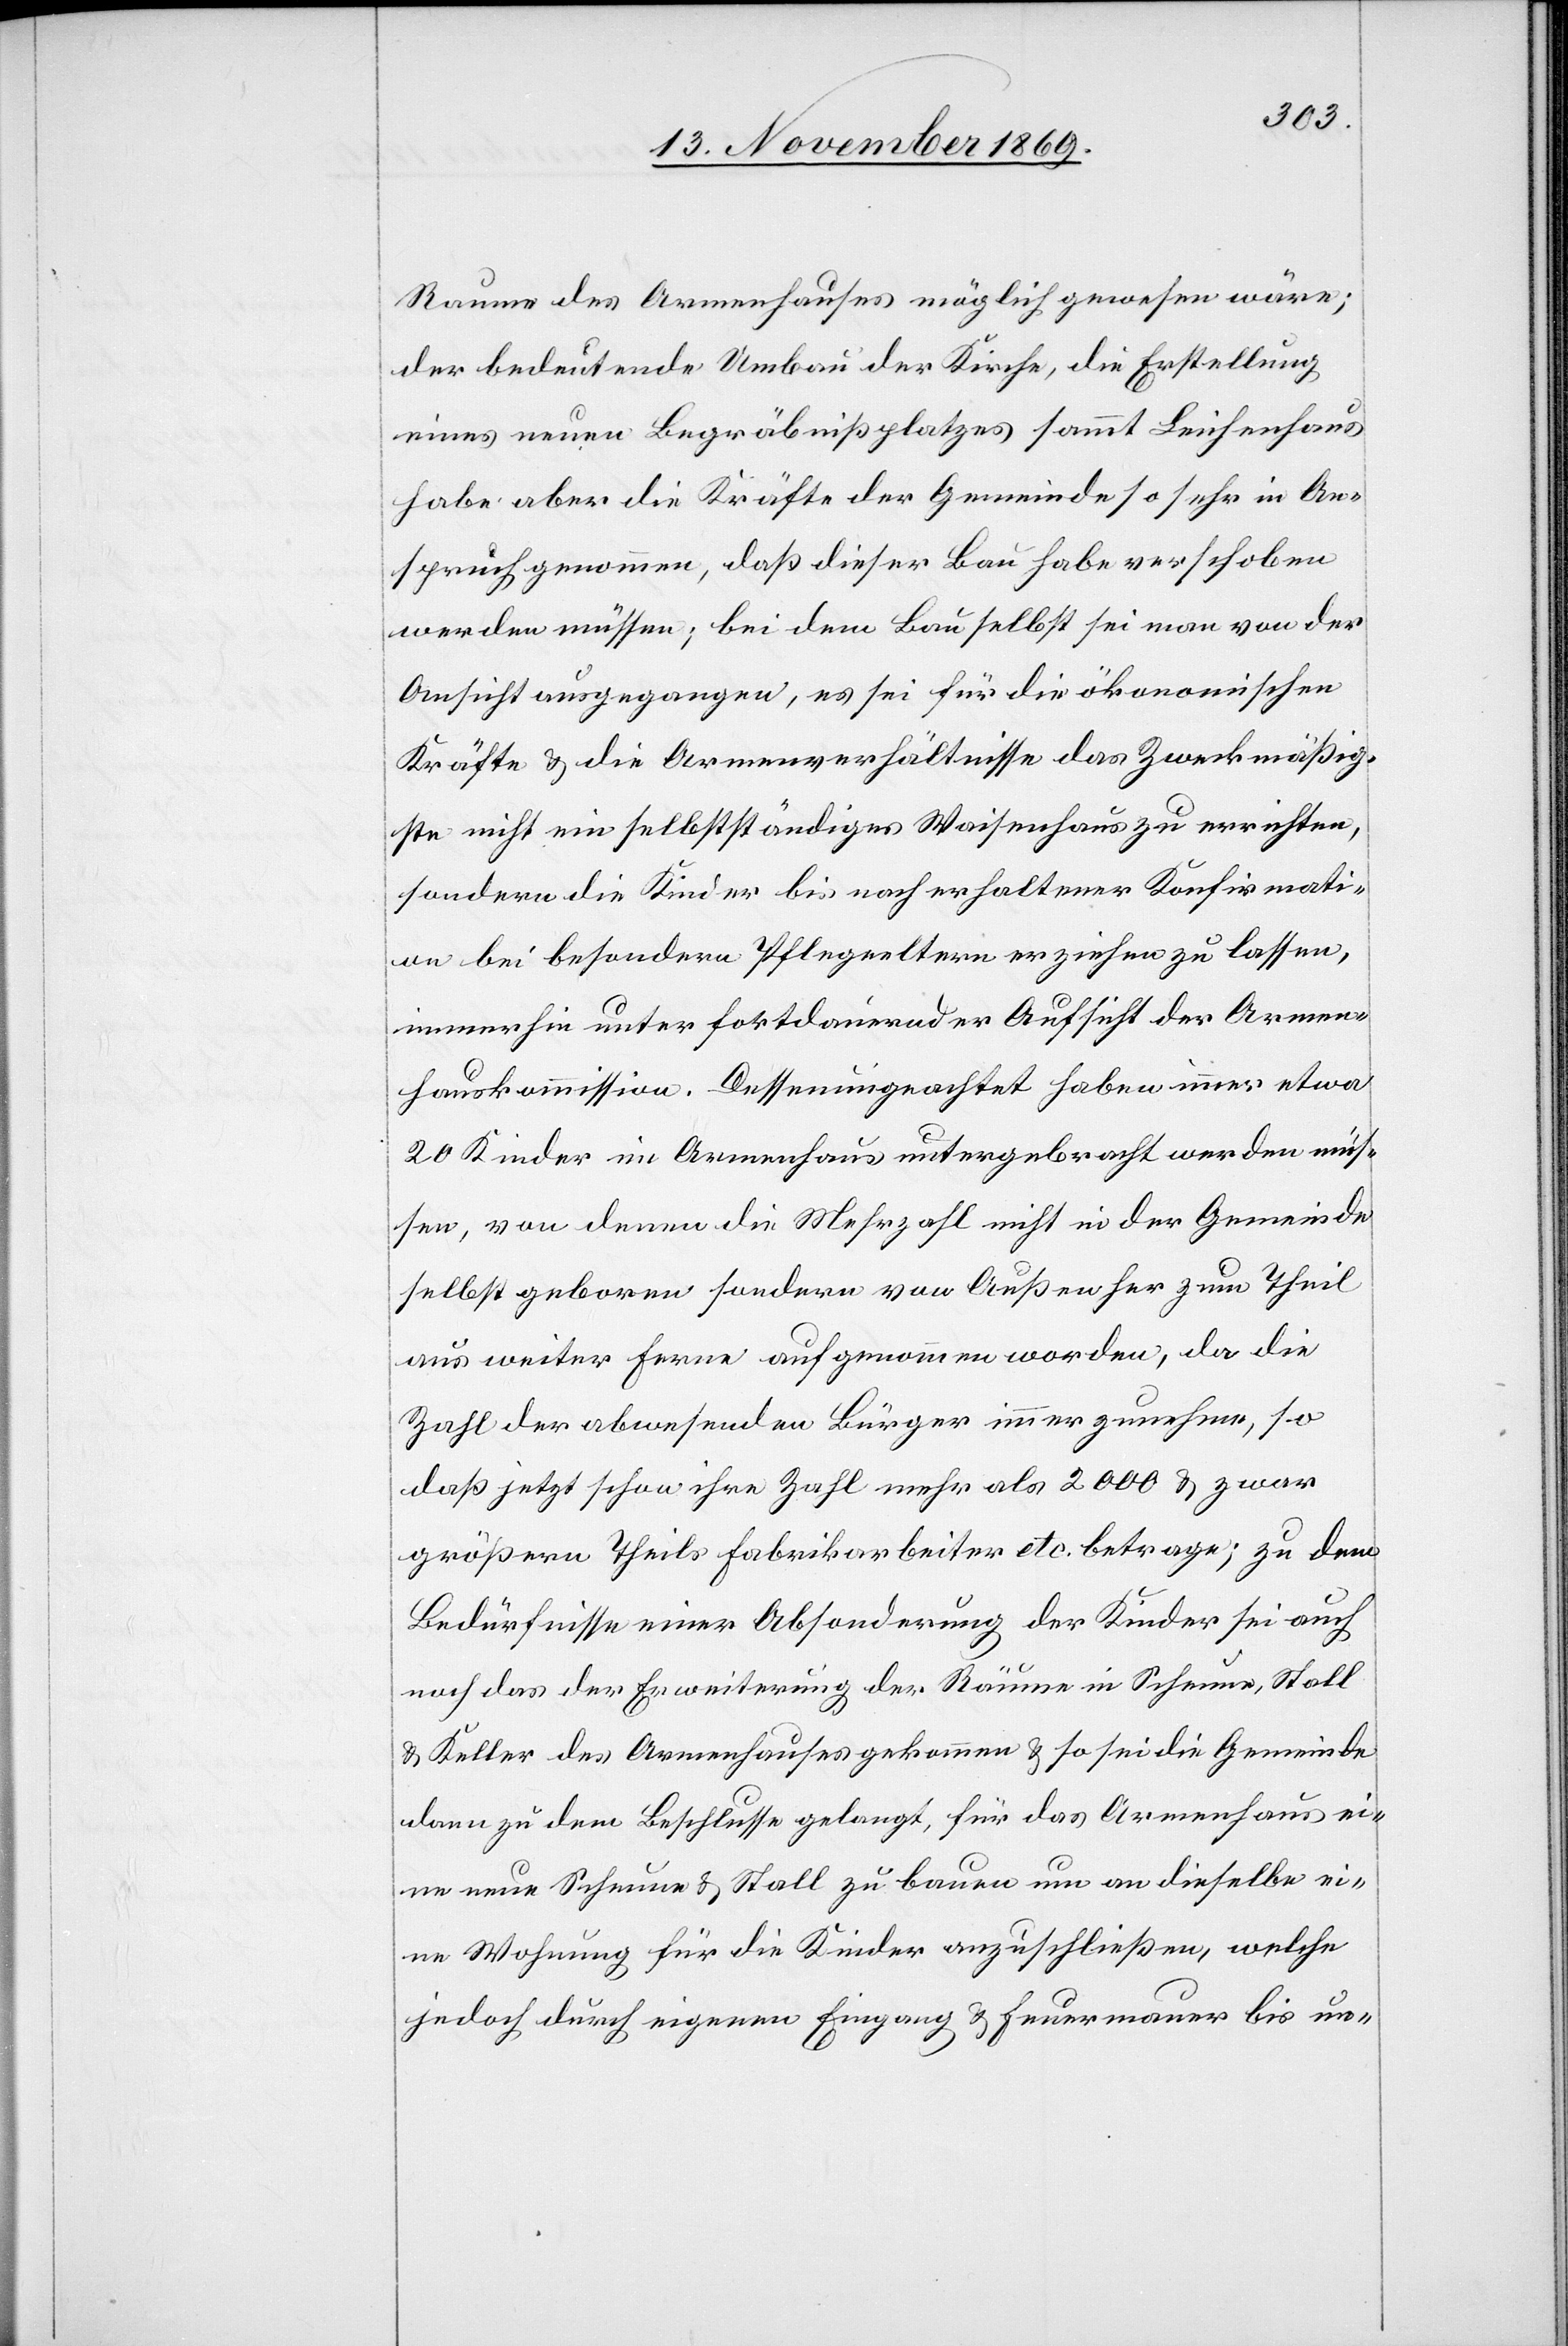
Raume des Armenhauses möglich gewesen wäre;
der bedeutende Umbau der Kirche, die Erstellung
eines neuen Begräbnißplatzes sammt Leichenhaus
habe aber die Kräfte der Gemeinde so sehr in An¬
spruch genommen, daß dieser Bau habe verschoben
werden müssen; bei dem Bau selbst sei man von der
Ansicht ausgegangen, es sei für die ökonomischen
Kräfte & die Armenverhältnisse das Zweckmäßig¬
ste nicht ein selbstständiges Waisenhaus zu errichten,
sondern die Kinder bis nach erhaltener Konfirmati¬
on bei besondern Pflegeeltern erziehen zu lassen,
immerhin unter fortdauernder Aufsicht der Armen¬
hauskommission. Dessenungeachtet haben immer etwa
20 Kinder im Armenhaus untergebracht werden müs¬
sen, von denen die Mehrzahl nicht in der Gemeinde
selbst geboren sondern von Außen her zum Theil
aus weiter Ferne aufgenommen worden, da die
Zahl der abwesenden Bürger immer zunehme, so
daß jetzt schon ihre Zahl mehr als 2000 & zwar
größern Theils Fabrikarbeiter etc. betrage; zu dem
Bedürfnisse einer Absonderung der Kinder sei auch
noch das der Erweiterung der Räume in Scheune, Stall
& Keller des Armenhauses gekommen & so sei die Gemeinde
dann zu dem Beschlusse gelangt, für das Armenhaus ei¬
ne neue Scheune & Stall zu bauen um an dieselbe ei¬
ne Wohnung für die Kinder anzuschließen, welche
jedoch durch eigenen Eingang & Feuermauer bis un-